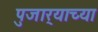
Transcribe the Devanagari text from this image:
पुजार्‍याच्या